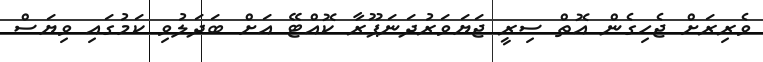
ވެރިރަށް ޖެހިގެން އޮތް ސިރީ ޖަޔަވަރުދަނަޕޫރާ ކޮއްޓޭ އަށް ބަދަލުވި ކަމުގައި ވިޔަސް